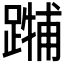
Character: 𲄃